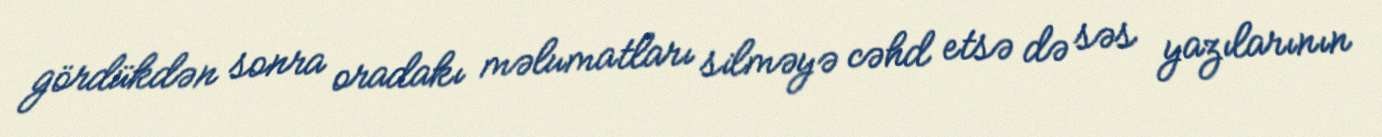
gördükdən sonra oradakı məlumatları silməyə cəhd etsə də səs yazılarının